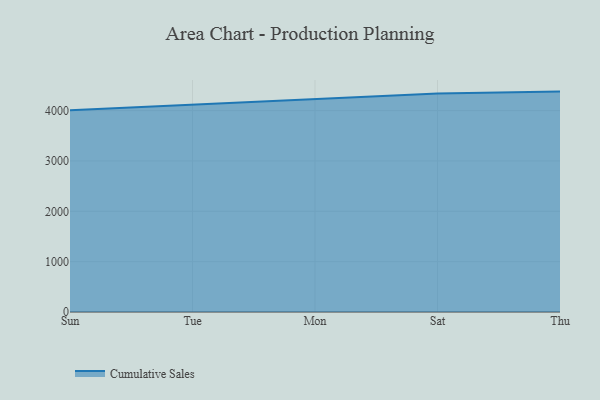
{"axis": {"x": "Day", "y": "Operating Costs (USD K)"}, "legend": ["Cumulative Sales"], "data": [{"x": "Sun", "y": 4007.7, "type": "Cumulative Sales"}, {"x": "Tue", "y": 4119.0, "type": "Cumulative Sales"}, {"x": "Mon", "y": 4221.3, "type": "Cumulative Sales"}, {"x": "Sat", "y": 4339.4, "type": "Cumulative Sales"}, {"x": "Thu", "y": 4377.7, "type": "Cumulative Sales"}]}